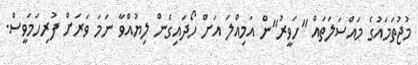
މުޖުތަމައުގެ މައްސަލަތައް "ހަވީރު"ން އަމިއްލަ އަށް ހޯދައިގެން ލިޔުއްވާ ނަމަ ވަރަށް ފުރިހަމަވީސް.